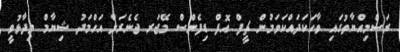
ރަސްމިއްޔާތުގައި ވާހަކަދައްކަވަމުން ޗީފް އޮފް ޑިފެންސް މޭޖަރ ޖެނެރަލް އަހްމަދު ޝިޔާމް ވިދާޅުވީ